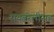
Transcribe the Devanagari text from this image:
रायबरेलीसह